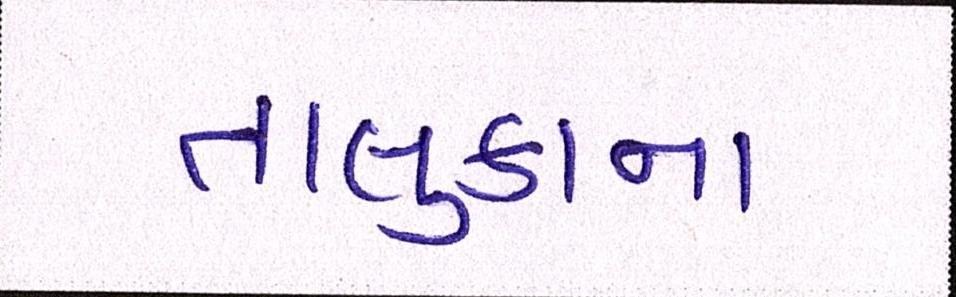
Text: તાલુકાના